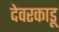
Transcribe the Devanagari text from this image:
देवरकाडू